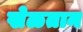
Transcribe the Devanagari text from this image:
खेळतान